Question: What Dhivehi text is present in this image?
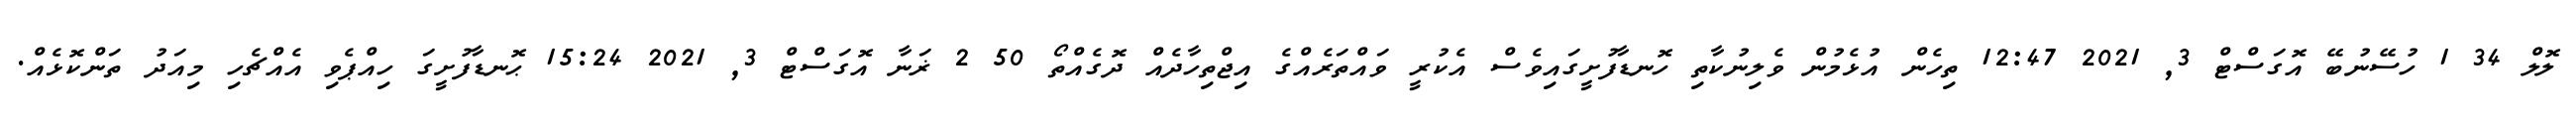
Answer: ލޮލް 34 1 ހުސޭނުބޭ އޮގަސްޓް 3, 2021 12:47 ތިހެން އުޅެމުން ވެލިނުކާތި ހޮނޑާފުށީގައިވެސް އެކުރީ ވައްތަރެއްގެ އިޖްތިހާދެއް ދޮގެއްތޯ 50 2 ޜަނާ އޮގަސްޓް 3, 2021 15:24 ޙޮނޑާފުށީގަ ހިއްޕެވި އެއްޗެހި މިއަދު ތަންކޮޅެއް.